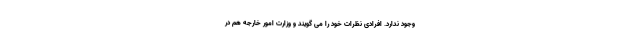
وجود ندارد. افرادی نظرات خود را می گویند و وزارت امور خارجه هم در